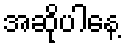
အဆိုပါနေ့